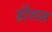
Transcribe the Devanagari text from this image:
ह्रीसस